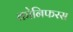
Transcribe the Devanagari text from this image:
कोनिफरस